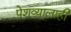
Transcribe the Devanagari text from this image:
पेशव्यालाही